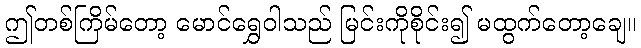
ဤတစ်ကြိမ်တော့ မောင်ရွှေဝါသည် မြင်းကိုစိုင်း၍ မထွက်တော့ချေ။